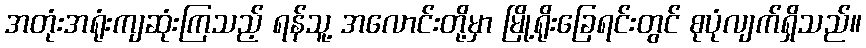
အတုံးအရုံးကျဆုံးကြသည့် ရန်သူ့ အလောင်းတို့မှာ မြို့ရိုးခြေရင်းတွင် စုပုံလျက်ရှိသည်။